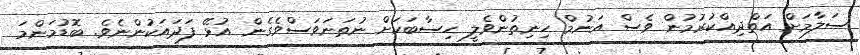
ސަލާމަށް އަތްދިއްކުރުމުން ވެސް އަނުމް ހިނިތުންވެލީ ހިސާބަކަށް ނުތަނަވަސްވެގެން އުޅޭ ފަދައަކުންނެވެ. ބޮޑުމަންމަ